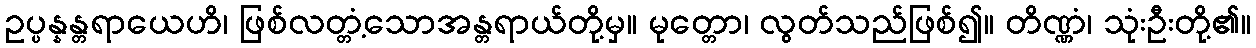
ဥပ္ပန္နန္တရာယေဟိ၊ ဖြစ်လတ္တံ့သောအန္တရာယ်တို့မှ။ မုတ္တော၊ လွတ်သည်ဖြစ်၍။ တိဏ္ဏံ၊ သုံးဦးတို့၏။